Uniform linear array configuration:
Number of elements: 24
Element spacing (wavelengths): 0.5
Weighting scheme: kaiser
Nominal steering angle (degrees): -60
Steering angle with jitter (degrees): -60.464
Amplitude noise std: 0.05
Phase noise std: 0.05

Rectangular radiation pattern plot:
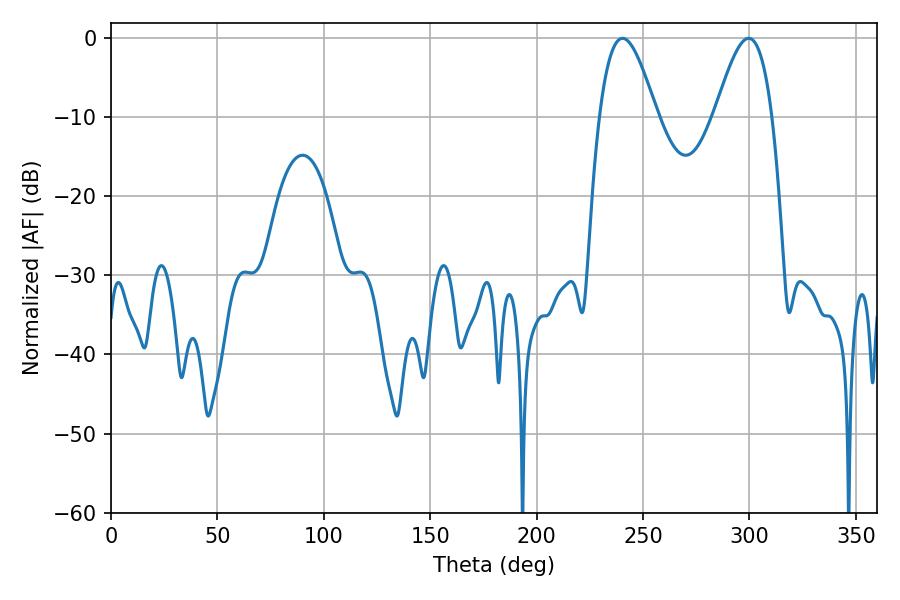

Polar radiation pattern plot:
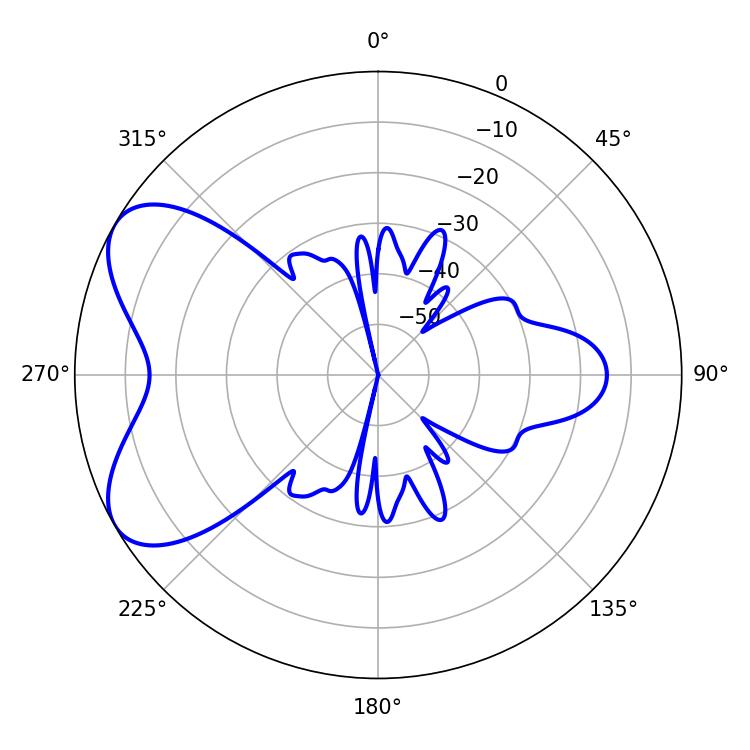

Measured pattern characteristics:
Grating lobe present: FALSE
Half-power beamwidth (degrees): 14.4
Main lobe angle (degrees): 240.3